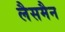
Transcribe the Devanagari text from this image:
लैसमैन